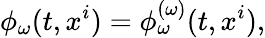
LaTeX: \phi_{\omega}(t,x^{i})=\phi_{\omega}^{(\omega)}(t,x^{i}),